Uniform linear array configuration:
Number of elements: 16
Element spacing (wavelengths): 1
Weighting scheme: hann
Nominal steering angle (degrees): -30
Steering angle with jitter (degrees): -29.771
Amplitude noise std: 0.05
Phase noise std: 0.05

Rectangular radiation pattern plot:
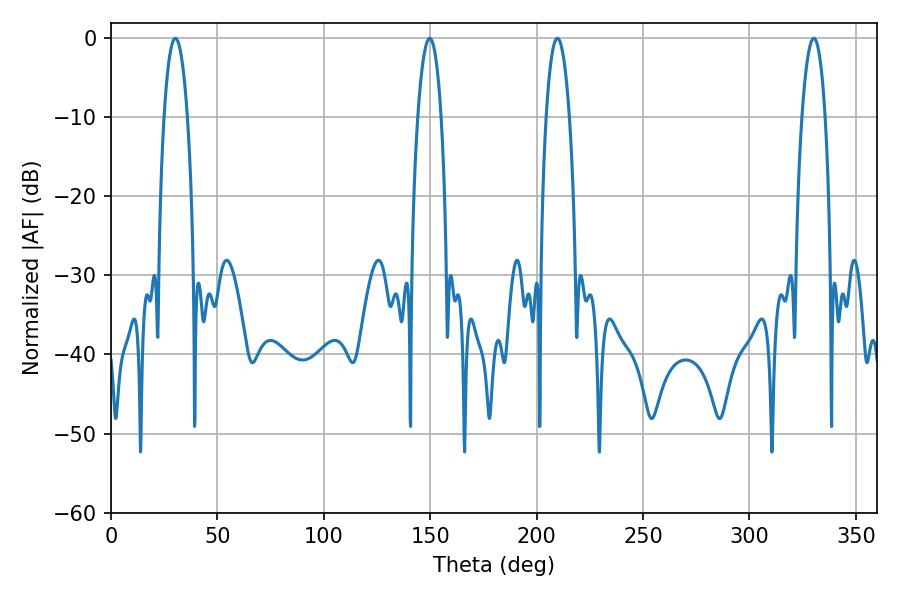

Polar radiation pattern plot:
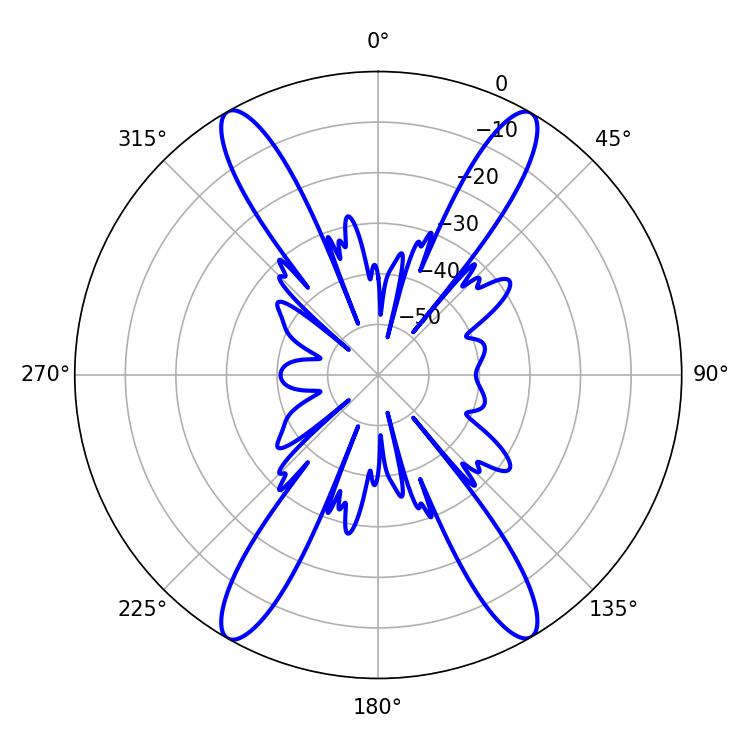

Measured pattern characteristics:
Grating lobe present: TRUE
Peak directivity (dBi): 28.986
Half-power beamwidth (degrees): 6.12
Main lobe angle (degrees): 149.76